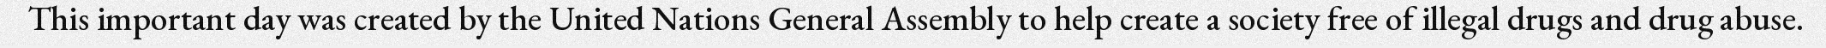
This important day was created by the United Nations General Assembly to help create a society free of illegal drugs and drug abuse.